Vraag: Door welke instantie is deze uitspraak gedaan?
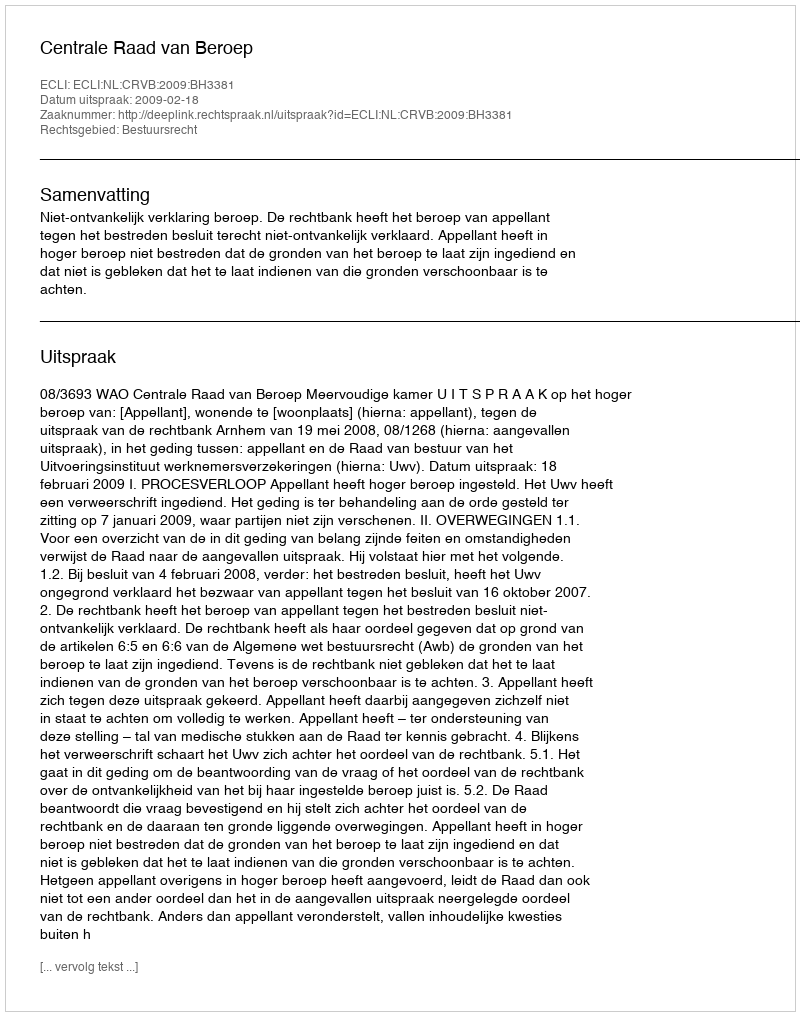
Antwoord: Centrale Raad van Beroep